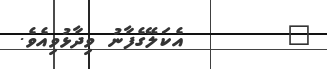
٢        އެކަލޭގެފާނު ވިދާޅުވިއެވެ.